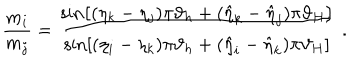
\frac { m _ { i } } { m _ { j } } = \frac { \sin \left[ ( \eta _ { k } - \eta _ { j } ) \pi \vartheta _ { h } + ( \hat { \eta } _ { k } - \hat { \eta } _ { j } ) \pi \vartheta _ { H } \right] } { \sin \left[ ( \eta _ { i } - \eta _ { k } ) \pi \vartheta _ { h } + ( \hat { \eta } _ { i } - \hat { \eta } _ { k } ) \pi \vartheta _ { H } \right] } \; .